Report of the Indian Hemp Drugs Commission, 1894-1895 - Volume VIII
Year: 1894
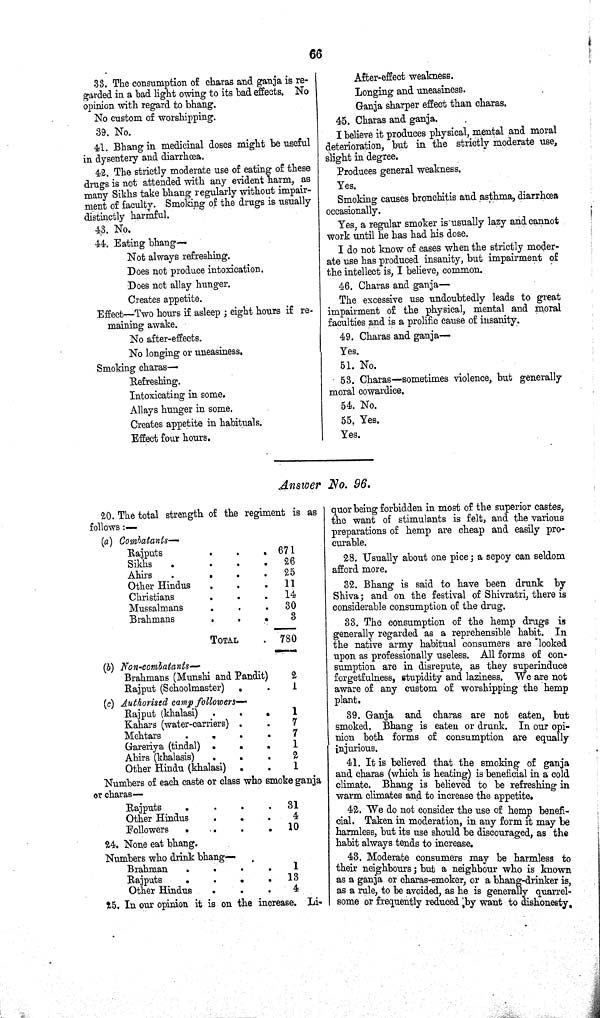
66
33. The consumption of charas and ganja is re-
garded in a bad light owing to its bad effects. No
opinion with regard to bhang.
No custom of worshipping.
39. No.
41. Bhang in medicinal doses might be useful
in dysentery and diarrhœa.
42. The strictly moderate use of eating of these
drugs is not attended with any evident harm, as
many Sikhs take bhang regularly without impair-
ment of faculty. Smoking of the drugs is usually
distinctly harmful.
43. No.
44. Eating bhang—
Not always refreshing.
Does not produce intoxication.
Does not allay hunger.
Creates appetite.
Effect—Two hours if asleep; eight hours if re-
maining awake.
No after-effects.
No longing or uneasiness.
Smoking charas—
Refreshing.
Intoxicating in some.
Allays hunger in some.
Creates appetite in habituals.
Effect four hours.
After-effect weakness.
Longing and uneasiness.
Ganja sharper effect than charas.
45. Charas and ganja.
I believe it produces physical, mental and moral
deterioration, but in the strictly moderate use,
slight in degree.
Produces general weakness.
Yes.
Smoking causes bronchitis and asthma, diarrhœa
occasionally.
Yes, a regular smoker is usually lazy and cannot
work until he has had his dose.
I do not know of cases when the strictly moder-
ate use has produced insanity, but impairment of
the intellect is, I believe, common.
46. Charas and ganja—
The excessive use undoubtedly leads to great
impairment of the physical, mental and moral
faculties and is a prolific cause of insanity.
49. Charas and ganja—
Yes.
51. No.
53. Charas-sometimes violence, but generally
moral cowardice.
54. No.
55. Yes.
Yes.
Answer No. 96.
20. The total strength of the regiment is as
follows:—
(a)
Combatants—
Rajputs
671
Sikhs
26
Ahirs
25
Other Hindus
11
Christians
14
Mussalmans
30
Brahmans
3
TOTAL
780
(b) Non-combatants—
Brahmans (Munshi and Pandit)
2
Rajput (Schoolmaster)
1
(c) Authorised camp followers—
Rajput (khalasi)
1
Kahars (water-carriers)
7
Mehtars
7
Gareriya (tindal)
1
Ahirs (khalasis)
2
Other Hindu (khalasi)
1
Numbers of each caste or class who smoke ganja
or charas—
Rajputs
31
Other Hindus
4
Followers
10
24. None eat bhang.
Numbers who drink bhang—
Brahman
1
Rajputs
13
Other Hindus
4
25. In our opinion it is on the increase. Li-
quor being forbidden in most of the superior castes,
the want of stimulants is felt, and the various
preparations of hemp are cheap and easily pro-
curable.
28. Usually about one pice; a sepoy can seldom
afford more.
32. Bhang is said to have been drunk by
Shiva; and on the festival of Shivratri, there is
considerable consumption of the drug.
33. The consumption of the hemp drugs is
generally regarded as a reprehensible habit. In
the native army habitual consumers are looked
upon as professionally useless. All forms of con-
sumption are in disrepute, as they superinduce
forgetfulness, stupidity and laziness. We are not
aware of any custom of worshipping the hemp
plant.
39. Ganja and charas are not eaten, but
smoked. Bhang is eaten or drunk. In our opi-
nion both forms of consumption are equally
injurious.
41. It is believed that the smoking of ganja
and charas (which is heating) is beneficial in a cold
climate. Bhang is believed to be refreshing in
warm climates and to increase the appetite.
42. We do not consider the use of hemp benefi-
cial. Taken in moderation, in any form it may be
harmless, but its use should be discouraged, as the
habit always tends to increase.
43. Moderate consumers may be harmless to
their neighbours; but a neighbour who is known
as a ganja or charas-smoker, or a bhang-drinker is,
as a rule, to be avoided, as he is generally quarrel-
some or frequently reduced by want to dishonesty.